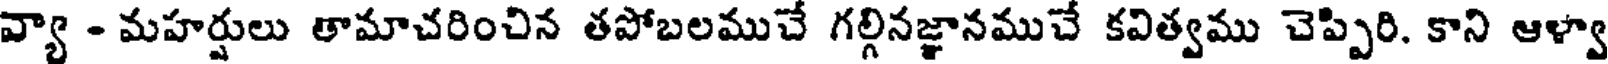
వ్యా - మహర్షులు తామాచరించిన తపోబలముచే గల్గినజ్ఞానముచే కవిత్వము చెప్పిరి. కాని ఆళ్వా